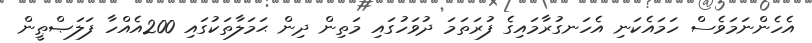
އެހެންނަމަވެސް ހަމައެކަނި އެހަނގުރާމައިގެ ފުރަތަމަ ދުވަހުގައި މަތިން ދިން ޙަމަލާތަކުގައި 200އެއްހާ ފަލަޞްޠީން